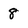
Character: 8